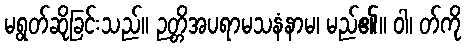
မရွတ်ဆိုခြင်းသည်။ ဉတ္တိအပရာမသနံနာမ၊ မည်၏။ ဝါ၊ တ်ကို